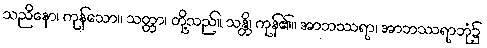
သညိနော၊ ကုန်သော။ သတ္တာ၊ တို့သည်။ သန္တိ၊ ကုန်၏။ အာဘဿရာ၊ အာဘဿရာဘုံ၌